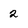
Character: 2